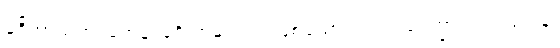
မုဒိတာသဟဂတေန၊ မုဒိတာနှင့်တကွဖြစ်သော။ လ။ ဥပေက္ခာသဟဂတေန၊